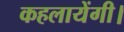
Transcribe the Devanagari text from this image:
कहलायेंगी।